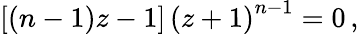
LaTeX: \left[(n-1)z-1\right]\, \left(z+1\right)^{n-1}=0\, ,